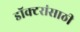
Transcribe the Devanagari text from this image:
डॉक्टरांसाठी